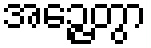
အဉ္ဇေတွာ